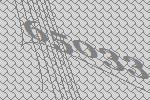
65033